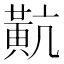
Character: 𪎵